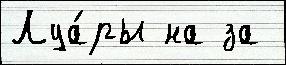
Луа́ры на за